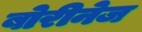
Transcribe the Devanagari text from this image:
बोरीनेज